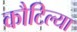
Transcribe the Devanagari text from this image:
कौटिल्या